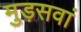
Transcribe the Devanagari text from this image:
मुड़सवां